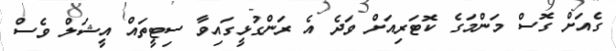
ގެއަށް ގޮސް މަންމަގެ ކޮޓަރިއަށް ވަދެ އެ ރަންގުޅީގައިވާ ސިޓީތައް އީޝަލް ވެސް